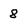
Character: 8